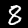
Digit: 8